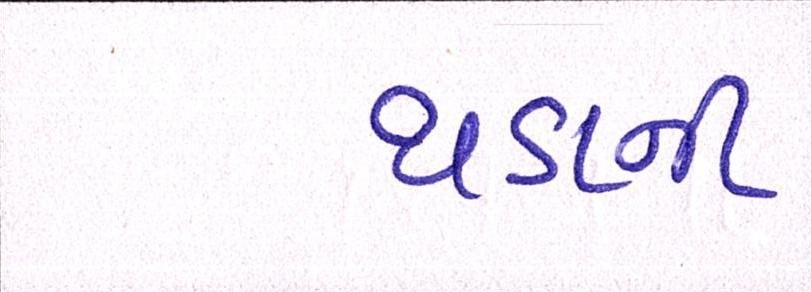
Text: થડાની